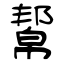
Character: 幚